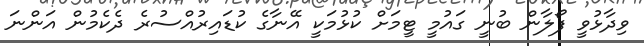
ވިދާޅުވީ ފޯލާން ބުނީ ގައުމީ ޓީމަށް ކުޅުމަކީ އޭނާގެ ކުޑައިރުއްސުރެ ދެކެމުން އަންނަ